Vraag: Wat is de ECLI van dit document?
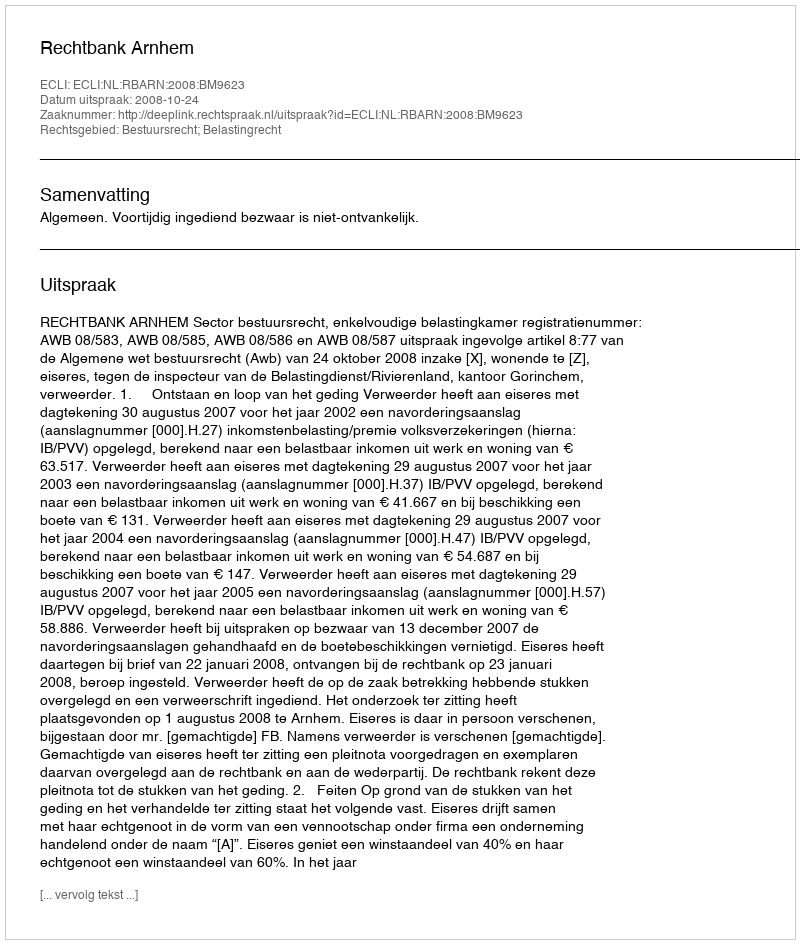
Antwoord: ECLI:NL:RBARN:2008:BM9623